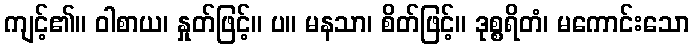
ကျင့်၏။ ဝါစာယ၊ နှုတ်ဖြင့်။ ပ။ မနသာ၊ စိတ်ဖြင့်။ ဒုစ္စရိတံ၊ မကောင်းသော